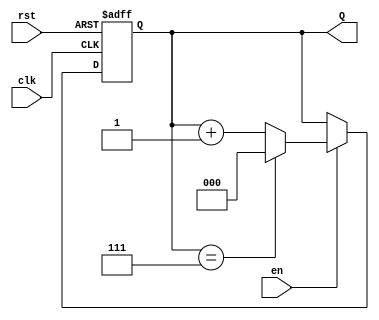
module binary_up_counter (
    input wire clk,    // Clock signal
    input wire rst,    // Asynchronous reset
    input wire en,     // Enable signal
    output reg [n-1:0] Q // Count output (n-bit wide)
);
    parameter n = 3; // Number of bits for the counter (can be changed)

    // Always block for the counter logic
    always @(posedge clk or posedge rst) begin
        if (rst) begin
            Q <= 0; // Reset the counter to 0
        end else if (en) begin
            if (Q == (2**n - 1)) begin // Check for maximum value
                Q <= 0; // Wrap around to 0
            end else begin
                Q <= Q + 1; // Increment the counter
            end
        end
    end
endmodule